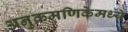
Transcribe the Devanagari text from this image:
अनुक्रमणिकेमध्ये